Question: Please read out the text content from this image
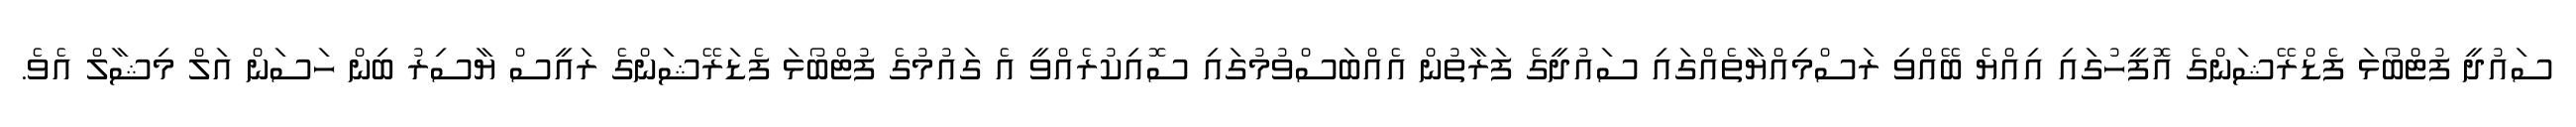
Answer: ސައުދީ ފުޓްބޯޅަ ފެޑްރޭޝަންގެ އޮފީހުގައި އިއްޔެ ބޭއްވި ރަސްމިއްޔާތެއްގައި ސައުދީގެ ފަރާތުން އެއްބަސްވުމުގައި ސޮއިކުރެއްވީ އެ ގައުމުގެ ފުޓްބޯޅަ ފެޑަރޭޝަންގެ ރައީސް ޔާސިރު ބިން ހަސަން އަލް މިޝާލް އެވެ.